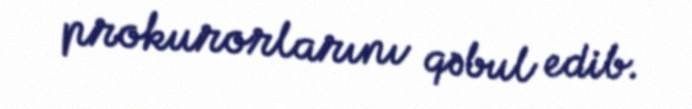
prokurorlarını qəbul edib.